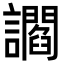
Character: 讇